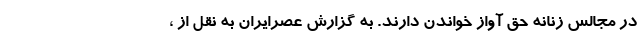
در مجالس زنانه حق آواز خواندن دارند. به گزارش عصرایران به نقل از ،